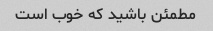
مطمئن باشید که خوب است